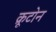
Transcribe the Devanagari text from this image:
क्रूटोन